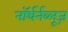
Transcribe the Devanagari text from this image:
नॉर्थर्नब्लूज़